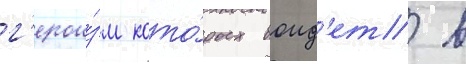
г'ерои́зм кото́рых воид'ет в